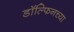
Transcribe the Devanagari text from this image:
डॉल्फिनच्या